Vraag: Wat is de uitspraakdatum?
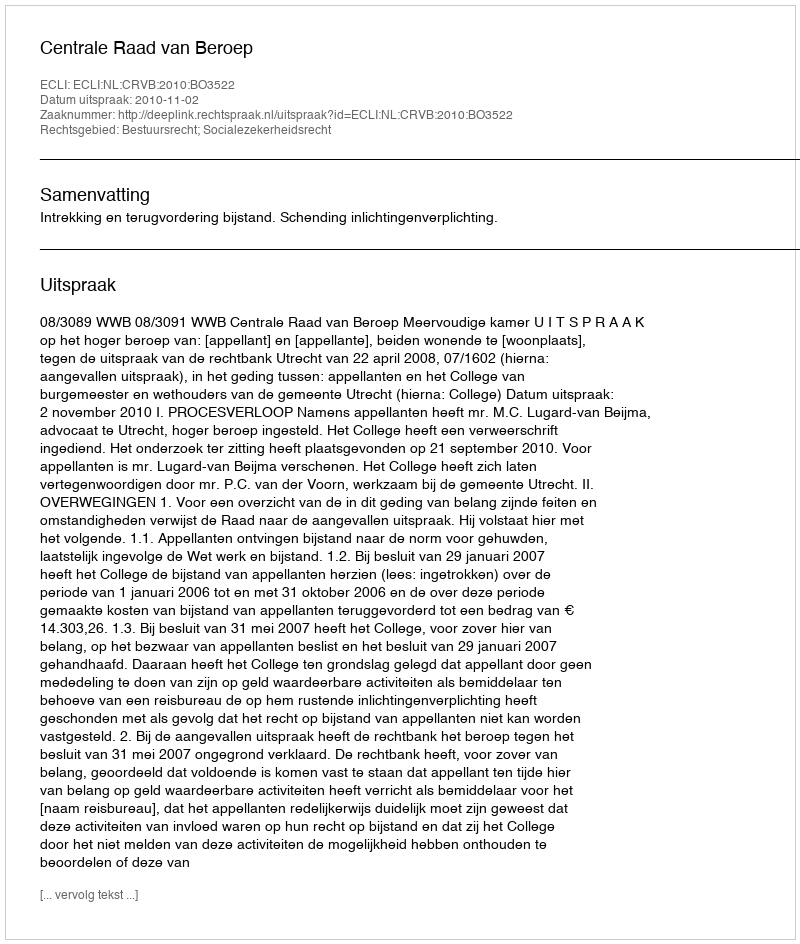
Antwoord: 2010-11-02